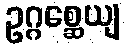
ဥဂ္ဂစ္ဆေယျ